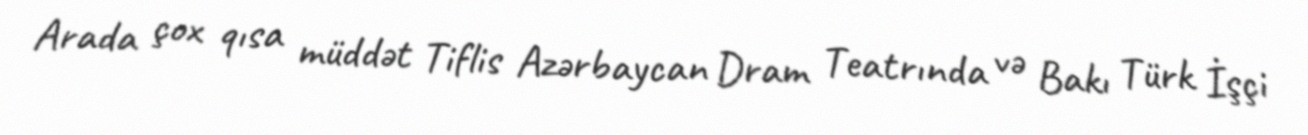
Arada çox qısa müddət Tiflis Azərbaycan Dram Teatrında və Bakı Türk İşçi